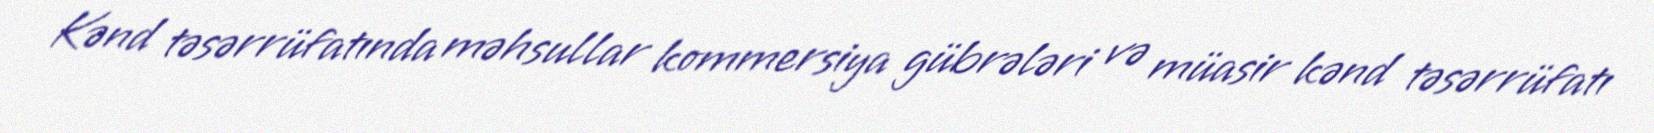
Kənd təsərrüfatında məhsullar kommersiya gübrələri və müasir kənd təsərrüfatı